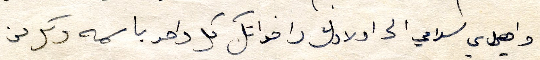
واصل ي سلامي الى اولادك واخواتك كل واحد باسمه وكل من